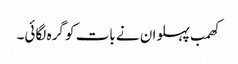
کھمب پہلوان نے بات کو گرہ لگائی۔